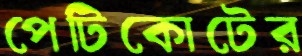
পেটিকোটের